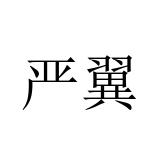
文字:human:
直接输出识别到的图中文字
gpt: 严翼